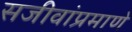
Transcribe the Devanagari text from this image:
सजीवांप्रमाणे